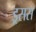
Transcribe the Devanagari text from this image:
ड्रसस